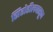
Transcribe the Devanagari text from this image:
सिरोडीलपासून